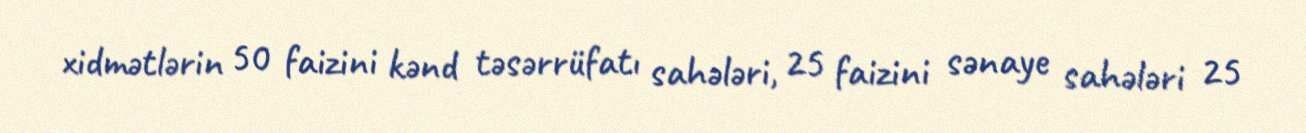
xidmətlərin 50 faizini kənd təsərrüfatı sahələri, 25 faizini sənaye sahələri 25